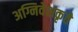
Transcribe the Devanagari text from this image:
अग्निवेशकृते